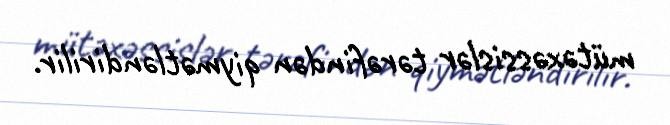
mütəxəssislər tərəfindən qiymətləndirilir.